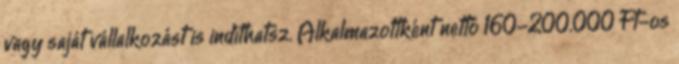
vagy saját vállalkozást is indíthatsz. Alkalmazottként nettó 160-200.000 Ft-os